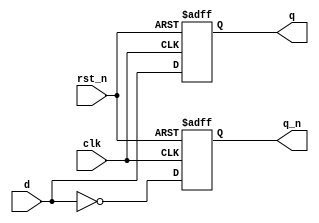
/*
 * tt_prim_dfrbp.v
 *
 * TT Primitive
 * FF with positive edge clock, inverted reset, complementary outputs
 *
 * Copyright (c) 2023 Sylvain Munaut <tnt@246tNt.com>
 * SPDX-License-Identifier: Apache-2.0
 */

`default_nettype none

module tt_prim_dfrbp (
	input  wire d,
	output reg  q,
	output reg  q_n,
	input  wire clk,
	input  wire rst_n
);

	always @(posedge clk or negedge rst_n)
		if (~rst_n) begin
			q   <= 1'b0;
			q_n <= 1'b1;
		end else begin
			q   <=  d;
			q_n <= ~d;
		end

endmodule // tt_prim_dfrbp